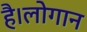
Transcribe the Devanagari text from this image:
है।लोगान